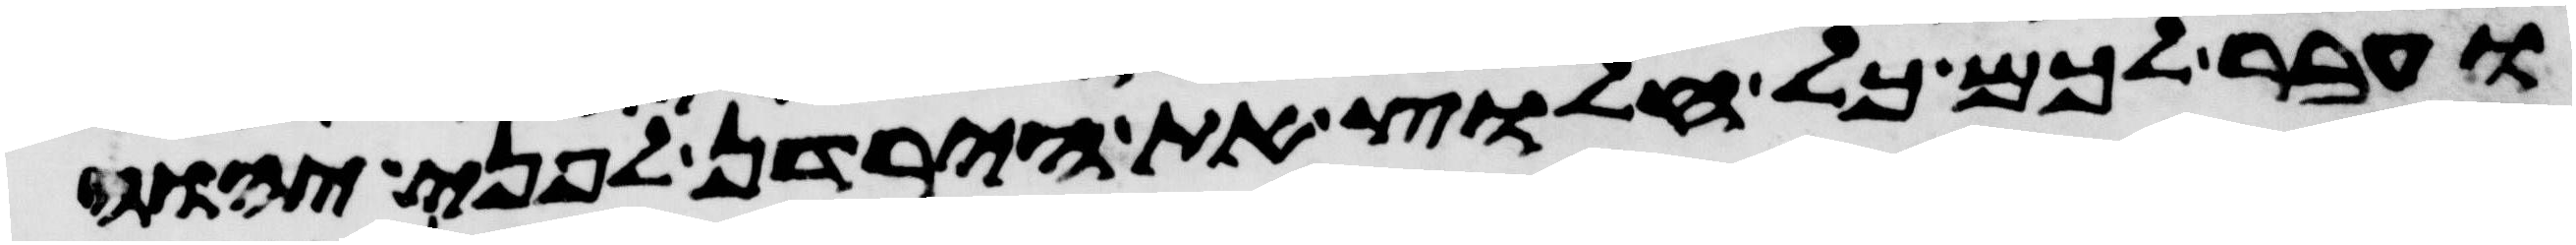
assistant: ועבר לכם כל חלוץ את הירדן לפני יהוה